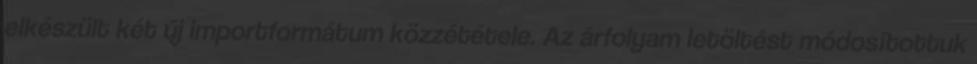
elkészült két új importformátum közzététele. Az árfolyam letöltést módosítottuk